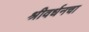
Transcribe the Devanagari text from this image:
श्रीवर्धनचा